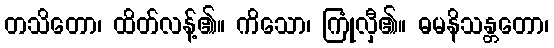
တသိတော၊ ထိတ်လန့်၏။ ကိသော၊ ကြုံလှီ၏။ ဓမနိသန္တတော၊